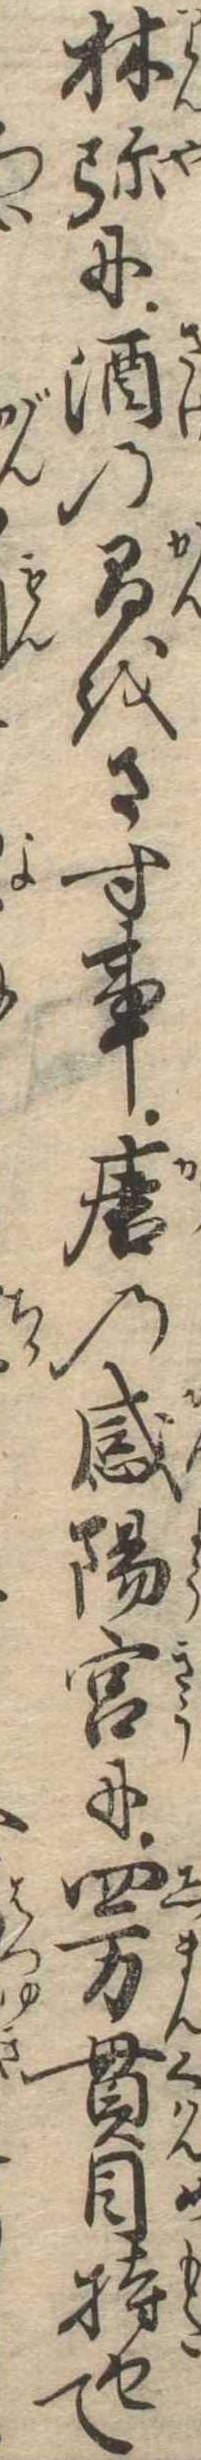
林弥に酒の燗をさす事唐の咸陽宮に四万貫目持せて